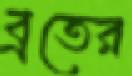
ব্রতের